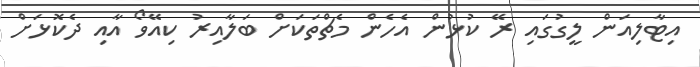
އިޓާލިއަން ލީގުގައި ރޭ ކުޅުން އެހެން މެޗްތަކަށް ބަލާއިރު ކިއޭވޯ އާއި ދެކޮޅަށް